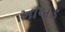
ખાબડ